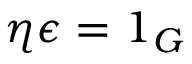
\eta \epsilon = 1 _ { G }